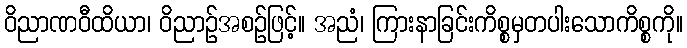
ဝိညာဏဝီထိယာ၊ ဝိညာဉ်အစဉ်ဖြင့်။ အညံ၊ ကြားနာခြင်းကိစ္စမှတပါးသောကိစ္စကို။